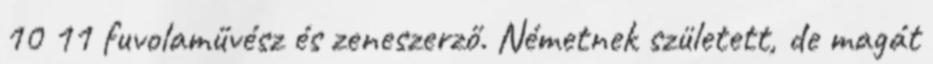
10 11 fuvolaművész és zeneszerző. Németnek született, de magát